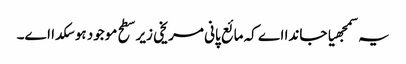
یہ سمجھیا جاندا اے کہ مائع پانی مریخی زیر سطح موجود ہو سکدا ا‏‏ے۔